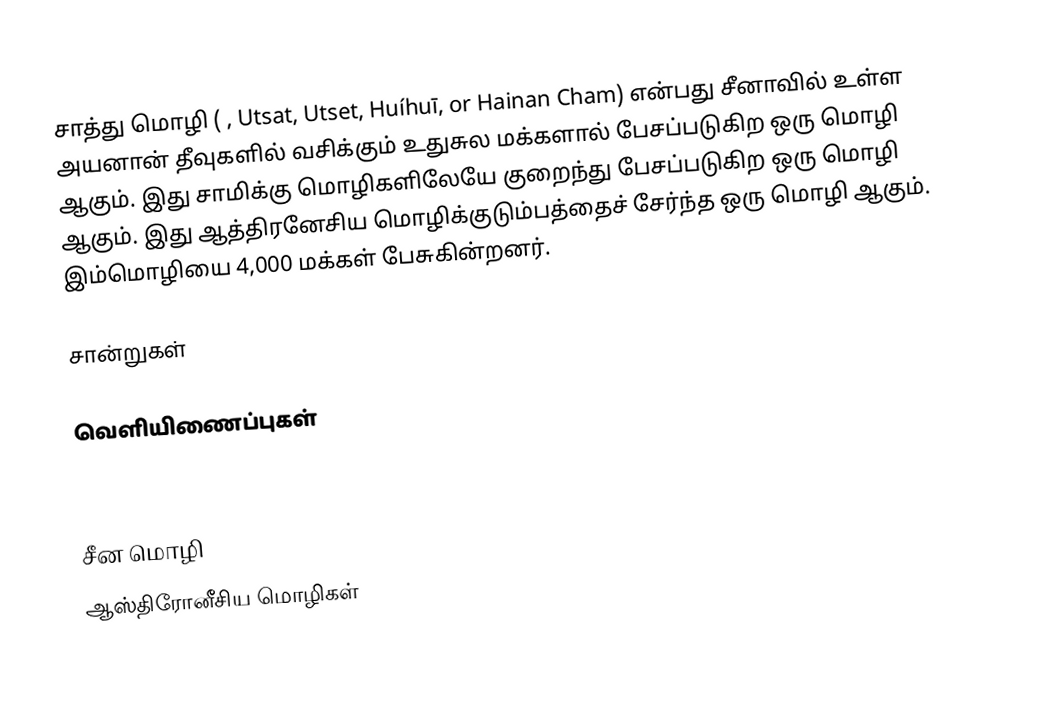
சாத்து மொழி ( , Utsat, Utset, Huíhuī, or Hainan Cham) என்பது சீனாவில் உள்ள அயனான் தீவுகளில் வசிக்கும் உதுசுல மக்களால் பேசப்படுகிற ஒரு மொழி ஆகும். இது சாமிக்கு மொழிகளிலேயே குறைந்து பேசப்படுகிற ஒரு மொழி ஆகும். இது ஆத்திரனேசிய மொழிக்குடும்பத்தைச் சேர்ந்த ஒரு மொழி ஆகும். இம்மொழியை 4,000 மக்கள் பேசுகின்றனர்.

சான்றுகள்

வெளியிணைப்புகள்

Recent papers on Tsat

சீன மொழி
ஆஸ்திரோனீசிய மொழிகள்